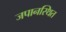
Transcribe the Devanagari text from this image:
जपानस्थित